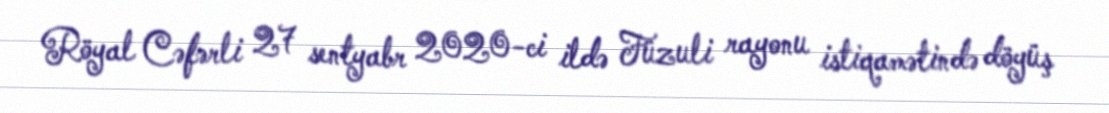
Röyal Cəfərli 27 sentyabr 2020-ci ildə Füzuli rayonu istiqamətində döyüş